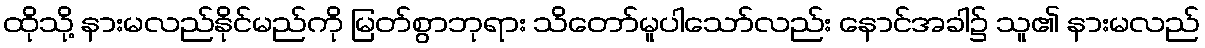
ထိုသို့ နားမလည်နိုင်မည်ကို မြတ်စွာဘုရား သိတော်မူပါသော်လည်း နောင်အခါ၌ သူ၏ နားမလည်